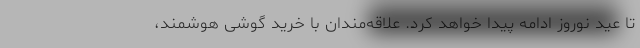
تا عید نوروز ادامه پیدا خواهد کرد. علاقه‌مندان با خرید گوشی هوشمند،